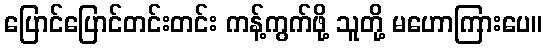
ပြောင်ပြောင်တင်းတင်း ကန့်ကွက်ဖို့ သူတို့ မဟောကြားပေ။